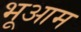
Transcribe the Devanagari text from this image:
भूआम